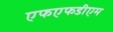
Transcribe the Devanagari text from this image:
एफएफडीएम